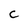
Character: c